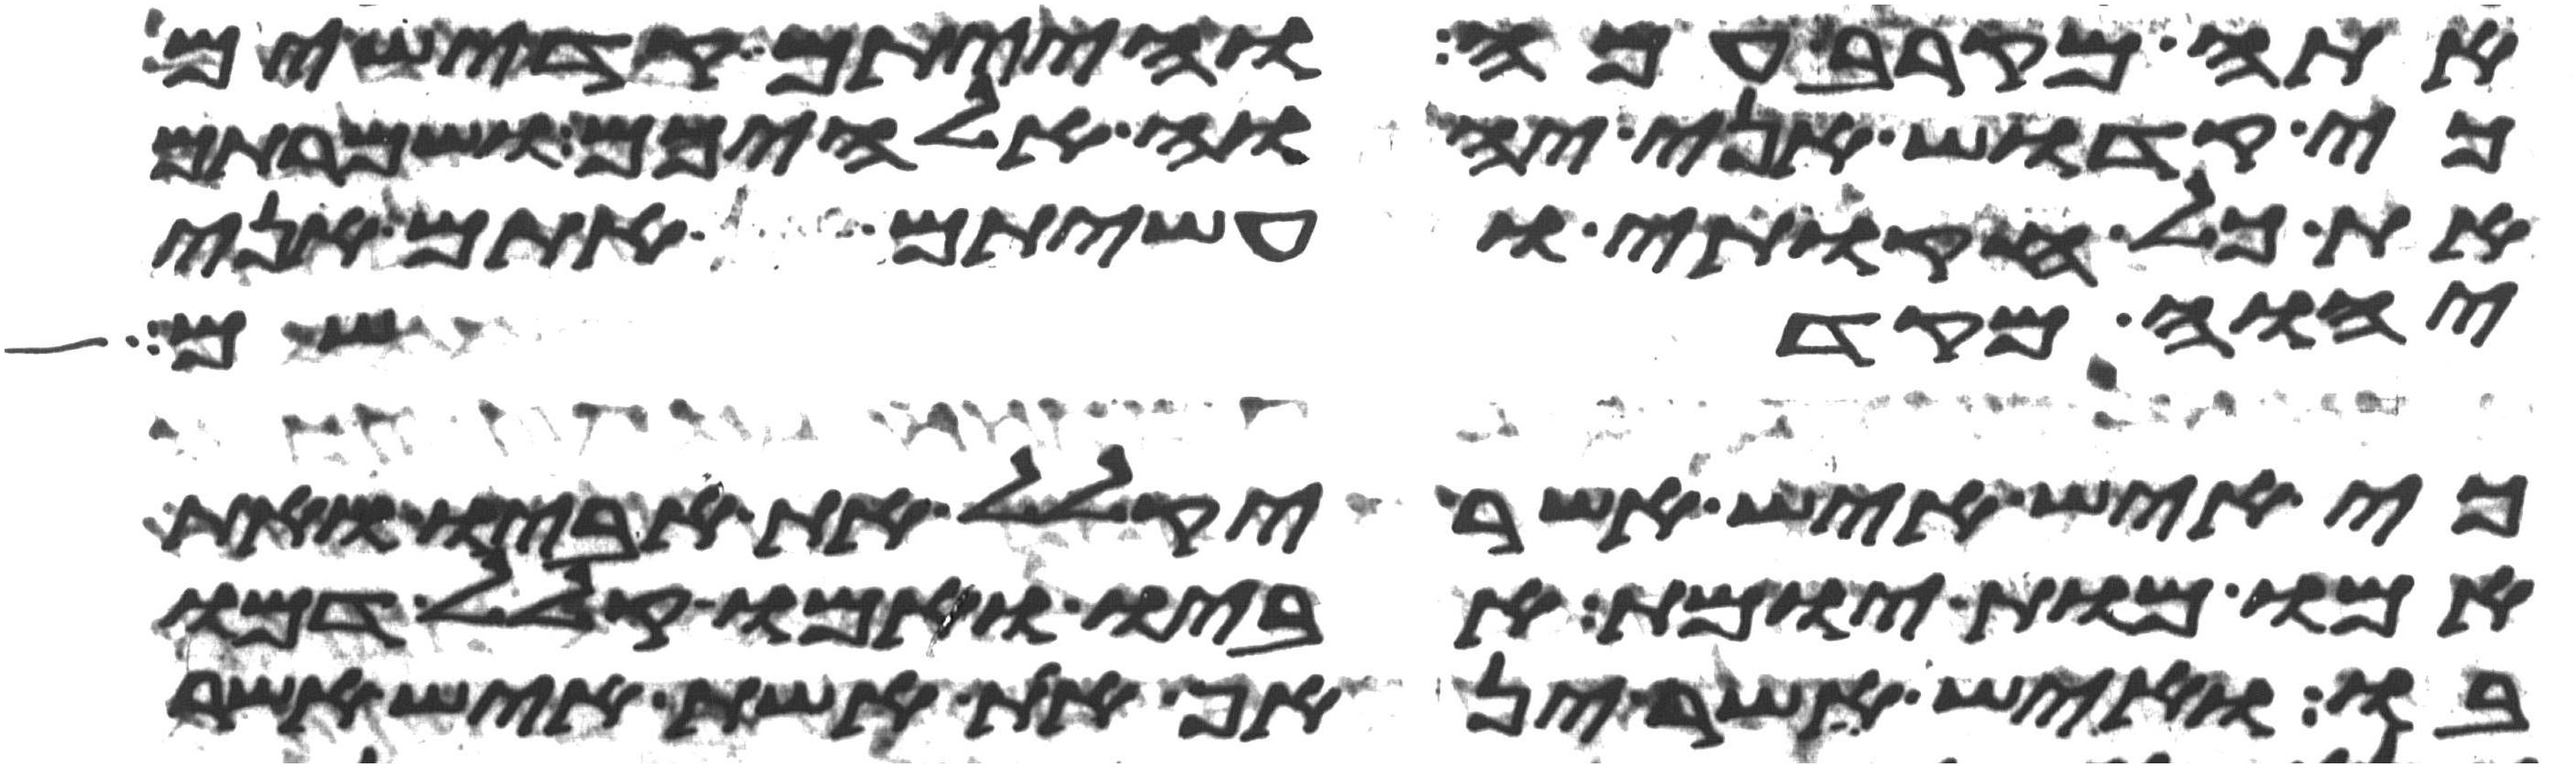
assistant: אתה מקרב עמה והייתם קדישים
כי קדוש אני יהוה אלהיכם ושמרתם
את כל חקותי ועשיתם אתם אני
יהוה מקדשכם
כי איש איש אשר יקלל את אביו ואת
אמו מות יומת אביו ואמו קלל דמו
בו ואיש אשר ינאף את אשת איש אשר